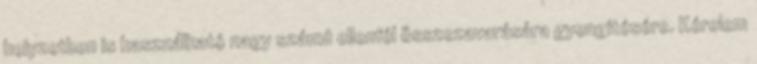
helyzetben is használható nagy számú ellenfél összezavarására gyengítésére. Kérelem